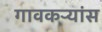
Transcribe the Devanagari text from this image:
गावकऱ्यांस